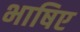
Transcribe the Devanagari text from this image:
भाषिए